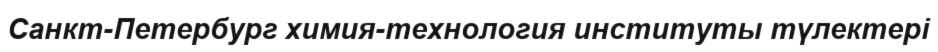
Санкт-Петербург химия-технология институты түлектері